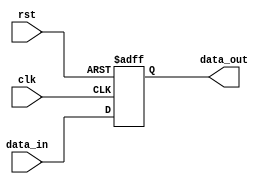
module io_buffer (
    input wire clk,                  // clock signal
    input wire rst,                  // reset signal
    input wire data_in,              // data input signal
    output reg data_out              // data output signal
);

reg buffer;

always @(posedge clk or posedge rst) begin
    if (rst) begin
        buffer <= 1'b0;             // reset buffer
    end else begin
        buffer <= data_in;          // store data input signal in buffer
    end
end

assign data_out = buffer;           // assign buffer to data output

endmodule